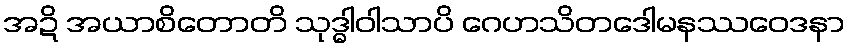
အဍိ အယာစိတောတိ သုဒ္ဓါဝါသာပိ ဂေဟသိတဒေါမနဿဝေဒနာ